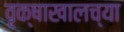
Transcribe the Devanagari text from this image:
वृक्षाखालच्या